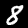
Label: 8